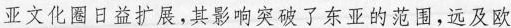
亚文化圈日益扩展，其影响突破了东亚的范围，远及欧